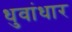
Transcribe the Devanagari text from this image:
धुवांधार